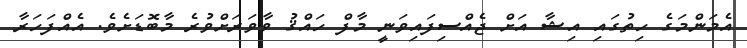
އެމަންމަގެ ހިތުގައި އިޝާ އަށް ޖެއްސިފައިވަނީ މާފް ހައްޤު ވާވަރަށްވުރެ މާބޮޑަށެވެ. އެއްފަހަރާ